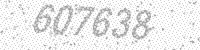
Solution: 607638